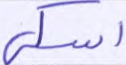
أسكي